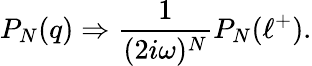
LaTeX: P_{N}(q)\Rightarrow{\frac{1}{(2i\omega)^{N}}}P_{N}(\ell^{+}).